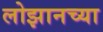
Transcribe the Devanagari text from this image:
लोझानच्या